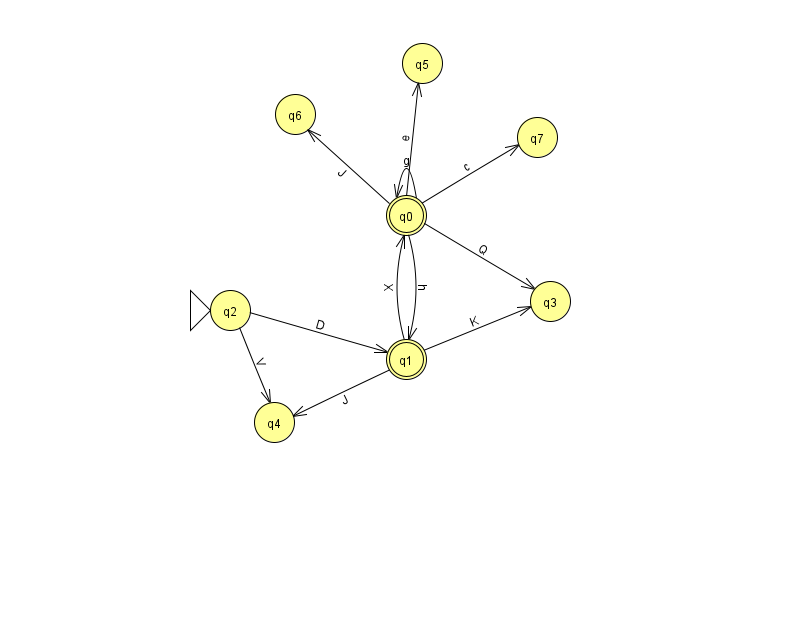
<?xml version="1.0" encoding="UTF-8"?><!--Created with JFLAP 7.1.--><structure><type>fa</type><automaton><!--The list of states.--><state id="0" name="q0"><x>406.0</x><y>202.0</y><final/></state><state id="1" name="q1"><x>406.0</x><y>346.0</y><final/></state><state id="2" name="q2"><x>230.0</x><y>297.0</y><initial/></state><state id="3" name="q3"><x>550.0</x><y>288.0</y></state><state id="4" name="q4"><x>274.0</x><y>409.0</y></state><state id="5" name="q5"><x>422.0</x><y>50.0</y></state><state id="6" name="q6"><x>295.0</x><y>101.0</y></state><state id="7" name="q7"><x>537.0</x><y>124.0</y></state><!--The list of transitions.--><transition><from>1</from><to>3</to><read>K</read></transition><transition><from>1</from><to>4</to><read>J</read></transition><transition><from>0</from><to>7</to><read>c</read></transition><transition><from>0</from><to>1</to><read>h</read></transition><transition><from>0</from><to>6</to><read>J</read></transition><transition><from>1</from><to>0</to><read>X</read></transition><transition><from>2</from><to>4</to><read>V</read></transition><transition><from>0</from><to>3</to><read>Q</read></transition><transition><from>0</from><to>0</to><read>g</read></transition><transition><from>0</from><to>5</to><read>e</read></transition><transition><from>2</from><to>1</to><read>D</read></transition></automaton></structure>